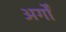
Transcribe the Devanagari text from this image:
अर्गों